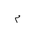
Letter: _mim